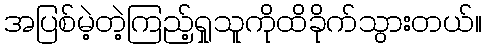
အပြစ်မဲ့တဲ့ကြည့်ရှုသူကိုထိခိုက်သွားတယ်။